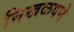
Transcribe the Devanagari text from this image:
निखळवणे